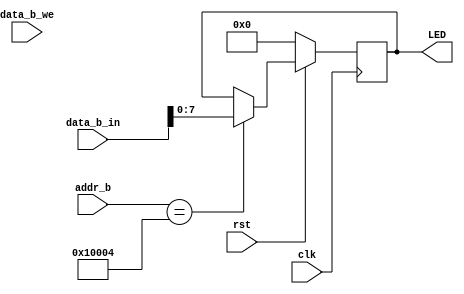
module ledwriter (input clk,
                  input rst,
                  output reg [7:0] LED,
                  input [31:0]     addr_b,
                  input [31:0]     data_b_in,
                  input [31:0]     data_b_we);
   always @(posedge clk)
     if (~rst) begin
        LED <= 0;
     end else begin
        if (addr_b == 65540)
          LED <= data_b_in[7:0];
     end
endmodule